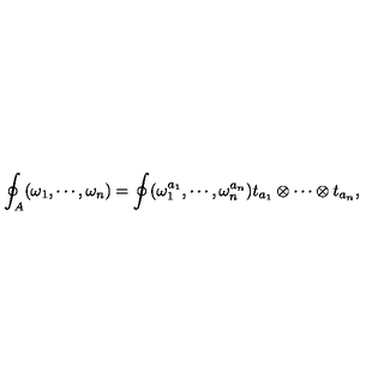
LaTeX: \oint _ { A } ( \omega _ { 1 } , \cdots , \omega _ { n } ) = \oint ( \omega _ { 1 } ^ { a _ { 1 } } , \cdots , \omega _ { n } ^ { a _ { n } } ) t _ { a _ { 1 } } \otimes \cdots \otimes t _ { a _ { n } } ,